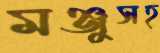
মঞ্জুসহ